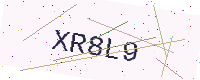
Text: XR8L9